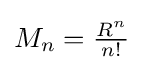
M_{n}={\tfrac {R^{n}}{n!}}